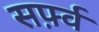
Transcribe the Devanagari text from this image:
सर्फ़्व